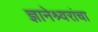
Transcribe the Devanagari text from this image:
ज्ञानेश्र्वरांचा